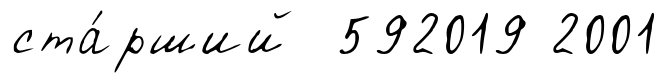
ста́рший 592019 2001